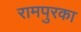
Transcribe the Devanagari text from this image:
रामपुरका